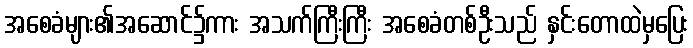
အစေခံများ၏အဆောင်၌ကား အသက်ကြီးကြီး အစေခံတစ်ဦးသည် နှင်းတောထဲမှပြေး